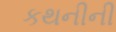
કથનીની